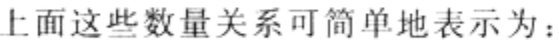
上面这些数量关系可简单地表示为：